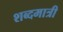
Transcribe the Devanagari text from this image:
शब्दमात्री